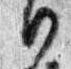
日